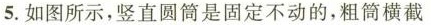
5.如图所示，竖直圆筒是固定不动的，粗筒横截